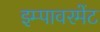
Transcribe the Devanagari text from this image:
इम्पावरमेंट